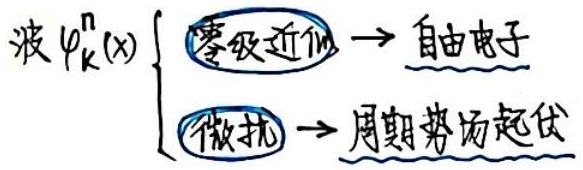
波 $\varphi_{\mathrm{k}}^{n}(x)$
$\begin{cases}
\text{零级近似} \to \text{自由电子}\\
\text{微扰} \to \text{周期势场起伏}
\end{cases}$